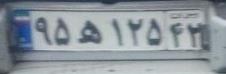
۹۵ه۱۲۵۴۲